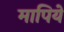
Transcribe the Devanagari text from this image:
मापिये